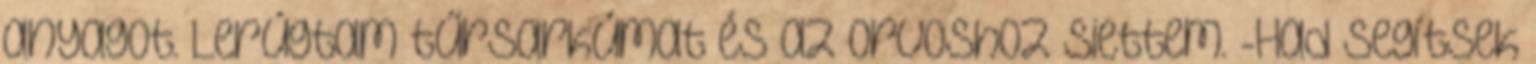
anyagot. Lerúgtam tűrsarkúmat és az orvoshoz siettem. -Had segítsek